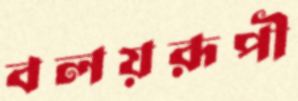
বলয়রূপী